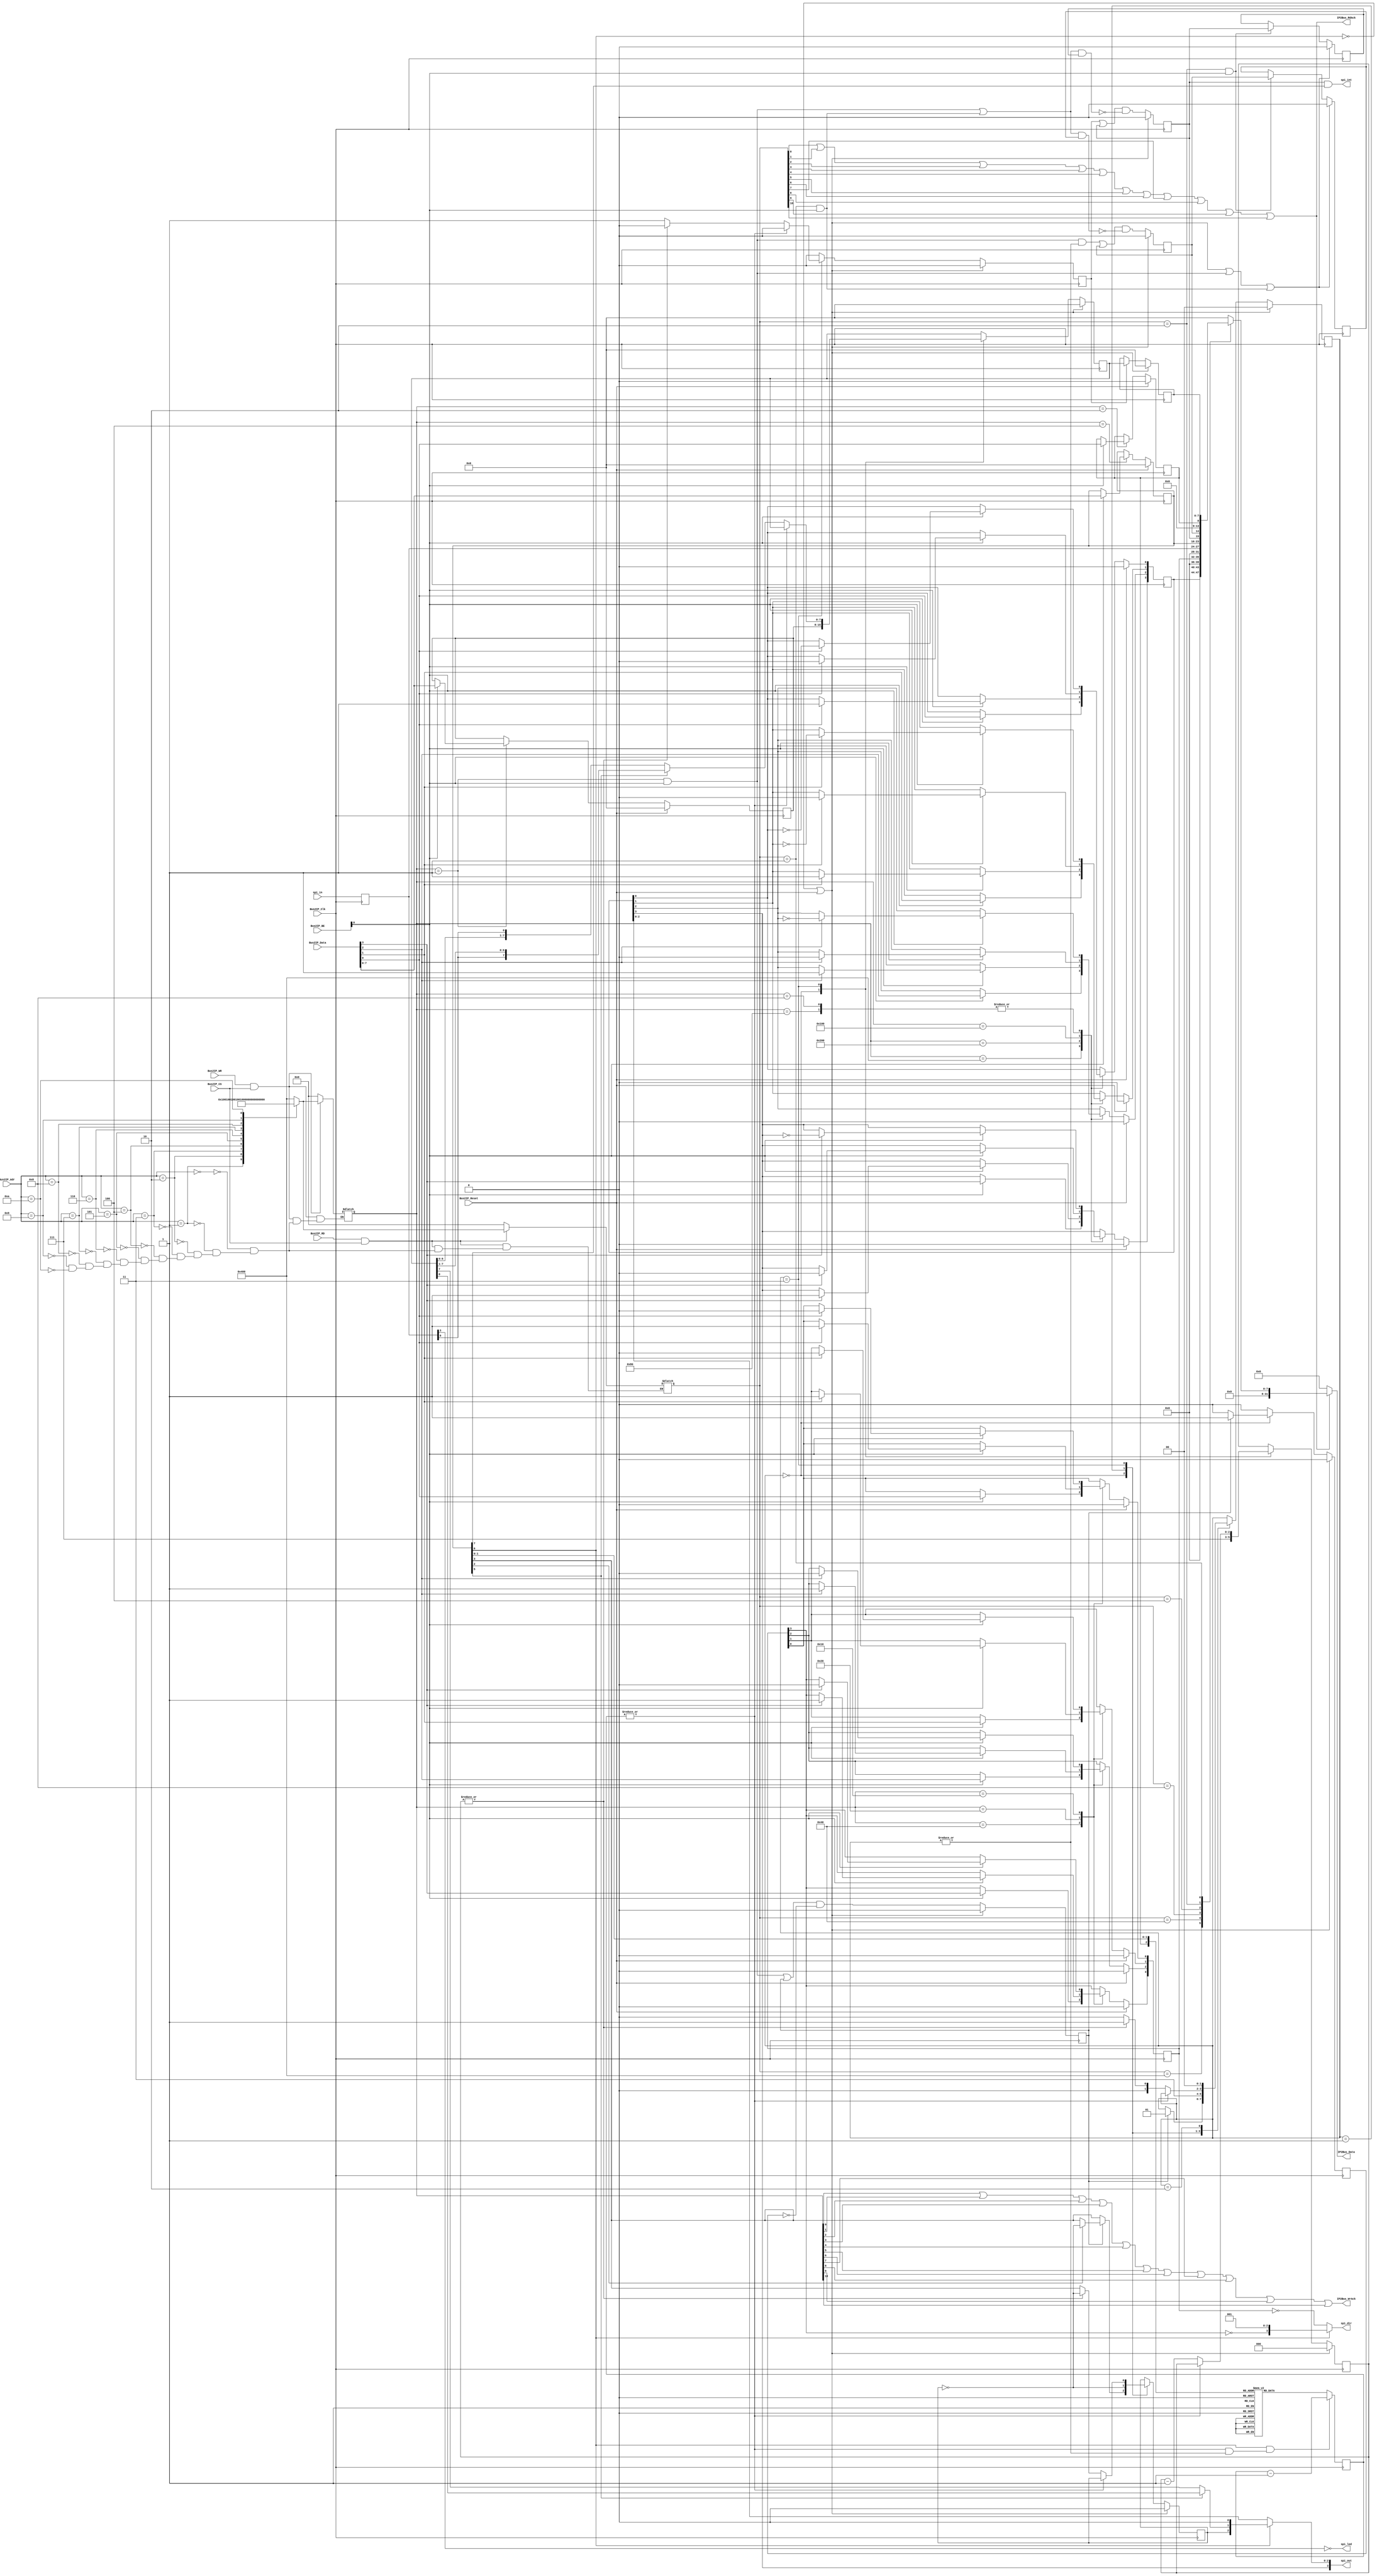
module mb_spi
(
  spi_in,
  spi_out,
  spi_dir,
  spi_led,
  spi_int,
  Bus2IP_Clk,                     // Bus to IP clock
  Bus2IP_Reset,                   // Bus to IP reset
  Bus2IP_Data,                    // Bus to IP data bus
  Bus2IP_BE,                      // Bus to IP byte enables
  Bus2IP_Adr,                     // Bus to IP address bus
  Bus2IP_RD,                      // Bus to IP read enable
  Bus2IP_WR,                      // Bus to IP write enable
  Bus2IP_CS,                      // Bus to IP chip select
  IP2Bus_Data,                    // IP to Bus data bus
  IP2Bus_RdAck,                   // IP to Bus read transfer acknowledgement
  IP2Bus_WrAck                    // IP to Bus write transfer acknowledgement
);

  input      [3:0]       spi_in;
  output     [3:0]       spi_out;
  output     [3:0]       spi_dir;
  output                 spi_led;
  output                 spi_int;

  input                  Bus2IP_Clk;
  input                  Bus2IP_Reset;
  input      [31:0]      Bus2IP_Data;
  input      [3:0]       Bus2IP_BE;
  input      [3:0]       Bus2IP_Adr;
  input                  Bus2IP_RD;
  input                  Bus2IP_WR;
  input                  Bus2IP_CS;
  output     [31:0]      IP2Bus_Data;
  output                 IP2Bus_RdAck;
  output                 IP2Bus_WrAck;



  wire       [3:0]       spi_in;   // pins
  wire       [3:0]       spi_out;  // port
  wire       [3:0]       spi_dir;  // dir
  wire                   spi_int;  // interrupt
  wire                   spi_led;  // LED
  
  reg        [3:0]       spi_in_d;
  reg        [10:0]      rdCE, wrCE;
  reg        [3:0]       port;
  reg        [3:0]       dir;
  reg        [7:0]       spcr;
  reg        [7:0]       sptx;
  reg        [7:0]       sprx;
  wire       [10:0]      slv_reg_write_sel;
  wire       [10:0]      slv_reg_read_sel;
  reg        [31:0]      slv_ip2bus_data;
  wire                   slv_read_ack;
  wire                   slv_write_ack;

  reg                    spi2x;
  reg                    txflag;
  reg        [7:0]       treg;
  reg        [1:0]       state;
  reg        [2:0]       bcnt;
  reg                    sck;
  reg                    wfre, rfwe;
  reg                    spif, spif_read;
  reg                    wcol, wcol_read;
  
  integer                bit_index;
  
  // Serial Peripheral Control Register
  wire       spie  = spcr[7];   // Interrupt enable bit
  wire       spe   = spcr[6];   // System Enable bit
  wire       dord  = spcr[5];   // Data Order Bit
  wire       mstr  = spcr[4];   // Master Mode Select Bit
  wire       cpol  = spcr[3];   // Clock Polarity Bit
  wire       cpha  = spcr[2];   // Clock Phase Bit
  wire [1:0] spr   = spcr[1:0]; // Clock Rate Select Bits
  
  wire [2:0] espr = {spi2x, spr};
 

  reg [9:0] clkcnt;
  always @(posedge Bus2IP_Clk)
    if(spe & (|clkcnt & |state))
      clkcnt <= clkcnt - 10'h1;
    else
      case (espr)
        3'b000: clkcnt <= 10'd24;  // 4 MHz
        3'b001: clkcnt <= 10'd99;  // 1 MHz
        3'b010: clkcnt <= 10'd399; // 250 KHz
        3'b011: clkcnt <= 10'd799; // 125 KHz
        3'b100: clkcnt <= 10'd9;   // 10 MHz
        3'b101: clkcnt <= 10'd49;  // 2 MHz
        3'b110: clkcnt <= 10'd199; // 500 KHz
        3'b111: clkcnt <= 10'd399; // 250 KHz
      endcase

  wire ena = ~|clkcnt;

  wire wr_spsr = ((slv_reg_write_sel == 11'b00000000010) & (Bus2IP_BE[0] == 1));
  wire rd_spsr = ((slv_reg_read_sel  == 11'b00000000010) & (Bus2IP_BE[0] == 1));
  
  wire wr_sptx = ((slv_reg_write_sel == 11'b00000000001) & (Bus2IP_BE[0] == 1));
  wire rd_sprx = ((slv_reg_read_sel  == 11'b00000000001) & (Bus2IP_BE[0] == 1));
  
  wire wfov = wr_sptx & |state; 


  always @( posedge Bus2IP_Clk )
    begin
      spi_in_d <= spi_in;
    end

  always @(posedge Bus2IP_Clk)
    if (~spe | Bus2IP_Reset | wr_sptx | rd_sprx) begin
      spif_read <= 0;
      wcol_read <= 0;
    end else if (rd_spsr) begin
      spif_read <= spif;
      wcol_read <= wcol;
    end

  always @(posedge Bus2IP_Clk)
    if (~spe | Bus2IP_Reset)
      spif <= 1'b0;
    else
      spif <= (rfwe | spif) & ~((wr_sptx | rd_sprx) & spif_read);


  always @(posedge Bus2IP_Clk)
    if (~spe | Bus2IP_Reset)
      wcol <= 1'b0;
    else
      wcol <= (wfov | wcol) & ~((wr_sptx | rd_sprx) & wcol_read);


  always @(posedge Bus2IP_Clk)
    if (~spe | Bus2IP_Reset)
      txflag <= 1'b0;
    else
      txflag <= (wr_sptx | txflag) & ~wfre;

  always @(posedge Bus2IP_Clk)
    if (~spe | Bus2IP_Reset)
      sprx <= 1'b0;
    else if (rfwe)
      sprx <= treg;

  always @(posedge Bus2IP_Clk)
    if (~spe | Bus2IP_Reset)
      begin
        state <= 2'b00; // idle
        bcnt  <= 3'h0;
        treg  <= 8'h00;
        wfre  <= 1'b0;
        rfwe  <= 1'b0;
        sck   <= 1'b0;
      end
    else
      begin
        wfre <= 1'b0;
        rfwe <= 1'b0;

        case (state)
          2'b00:
            begin
              bcnt  <= 3'h7;
              treg  <= sptx;
              sck   <= cpol;

              if (txflag) begin
                wfre  <= 1'b1;
                state <= 2'b01;
                if (cpha)
                  sck   <= ~sck;
              end
            end

          2'b01:
            begin
              sck     <= ~sck;
              state   <= 2'b11;
            end

          2'b11:
            if (ena) begin
            
              if (dord)
                treg <= {miso, treg[7:1]};
              else
                treg <= {treg[6:0], miso};
              
              bcnt <= bcnt - 3'h1;

              if (~|bcnt) begin
                state <= 2'b00;
                sck   <= cpol;
                rfwe  <= 1'b1;
              end else begin
                state <= 2'b01;
                sck   <= ~sck;
              end
            end

          2'b10: state <= 2'b00;
        endcase
      end

  assign mosi = dord ? treg[0] : treg[7];
  assign miso = spi_in_d[0];
  assign spi_led = ~spi_in_d[3];
  assign spi_int = spif & spie;
  assign spi_out = spe ? {port[3], sck, mosi, 1'b0} : port;
  assign spi_dir = spe ? {~dir[3], 3'b001} : ~dir;

  always @ * begin
    if (Bus2IP_RD & Bus2IP_CS)
      case (Bus2IP_Adr)
        4'b0000: rdCE = 11'b10000000000;
        4'b0001: rdCE = 11'b01000000000;
        4'b0010: rdCE = 11'b00100000000;
        4'b0011: rdCE = 11'b00010000000;
        4'b0100: rdCE = 11'b00001000000;
        4'b0101: rdCE = 11'b00000100000;
        4'b0110: rdCE = 11'b00000010000;
        4'b0111: rdCE = 11'b00000001000;
        4'b1000: rdCE = 11'b00000000100;
        4'b1001: rdCE = 11'b00000000010;
        4'b1010: rdCE = 11'b00000000001;
      endcase
    else
      rdCE = 11'b00000000000;
  end

  always @ * begin
    if (Bus2IP_WR & Bus2IP_CS)
      case (Bus2IP_Adr)
        4'b0000: wrCE = 11'b10000000000;
        4'b0001: wrCE = 11'b01000000000;
        4'b0010: wrCE = 11'b00100000000;
        4'b0011: wrCE = 11'b00010000000;
        4'b0100: wrCE = 11'b00001000000;
        4'b0101: wrCE = 11'b00000100000;
        4'b0110: wrCE = 11'b00000010000;
        4'b0111: wrCE = 11'b00000001000;
        4'b1000: wrCE = 11'b00000000100;
        4'b1001: wrCE = 11'b00000000010;
        4'b1010: wrCE = 11'b00000000001;
      endcase
    else
      wrCE = 11'b00000000000;
  end

  assign
    slv_reg_write_sel = wrCE[10:0],
    slv_reg_read_sel  = rdCE[10:0],
    slv_write_ack     = wrCE[0] || wrCE[1] || wrCE[2] || wrCE[3] || wrCE[4] || wrCE[5] || wrCE[6] || wrCE[7] || wrCE[8] || wrCE[9] || wrCE[10],
    slv_read_ack      = rdCE[0] || rdCE[1] || rdCE[2] || rdCE[3] || rdCE[4] || rdCE[5] || rdCE[6] || rdCE[7] || rdCE[8] || rdCE[9] || rdCE[10];

  always @( posedge Bus2IP_Clk )
    begin
      if ( Bus2IP_Reset == 1'b1 )
        begin
          port <= 0;
          dir <= 0;
          spcr <= 0;
          spi2x <= 0;
          sptx <= 0;
        end
      else
        case ( slv_reg_write_sel )
          11'b10000000000 : // port
            if ( Bus2IP_BE[0] == 1 )
              port <= Bus2IP_Data[3:0];
          11'b01000000000 : // port_set
            if ( Bus2IP_BE[0] == 1 )
              for ( bit_index = 0; bit_index <= 3; bit_index = bit_index+1 )
                if ( Bus2IP_Data[bit_index] == 1 )
                  port[bit_index] <= 1'b1;
          11'b00100000000 : // port_clr
            if ( Bus2IP_BE[0] == 1 )
              for ( bit_index = 0; bit_index <= 3; bit_index = bit_index+1 )
                if ( Bus2IP_Data[bit_index] == 1 )
                  port[bit_index] <= 1'b0;
          11'b00010000000 : // port_tgl
            if ( Bus2IP_BE[0] == 1 )
              for ( bit_index = 0; bit_index <= 3; bit_index = bit_index+1 )
                if ( Bus2IP_Data[bit_index] == 1 )
                  port[bit_index] <= ~port[bit_index];
          11'b00001000000 : // dir
            if ( Bus2IP_BE[0] == 1 )
              dir <= Bus2IP_Data[3:0];
          11'b00000100000 : // dir_set
            if ( Bus2IP_BE[0] == 1 )
              for ( bit_index = 0; bit_index <= 3; bit_index = bit_index+1 )
                if ( Bus2IP_Data[bit_index] == 1 )
                  dir[bit_index] <= 1'b1;
          11'b00000010000 : // dir_clr
            if ( Bus2IP_BE[0] == 1 )
              for ( bit_index = 0; bit_index <= 3; bit_index = bit_index+1 )
                if ( Bus2IP_Data[bit_index] == 1 )
                  dir[bit_index] <= 1'b0;
          11'b00000001000 : // pin -> port_tgl
            if ( Bus2IP_BE[0] == 1 )
              for ( bit_index = 0; bit_index <= 3; bit_index = bit_index+1 )
                if ( Bus2IP_Data[bit_index] == 1 )
                  port[bit_index] <= ~port[bit_index];
          11'b00000000100 :
            if ( Bus2IP_BE[0] == 1 )
              spcr <= Bus2IP_Data[7:0];
          11'b00000000010 :
            if ( Bus2IP_BE[0] == 1 )
              spi2x <= Bus2IP_Data[0];
          11'b00000000001 :
            if ( Bus2IP_BE[0] == 1 )
              sptx <= Bus2IP_Data[7:0];
          default : begin
            port <= port;
            dir <= dir;
            spcr <= spcr;
            spi2x <= spi2x;
            sptx <= sptx;
          end
        endcase
    end

  always @( slv_reg_read_sel or port or dir or spi_in_d or spcr or spif or wcol or spi2x or sprx )
    begin 
      case ( slv_reg_read_sel )
        11'b10000000000 : slv_ip2bus_data <= port;
        11'b00001000000 : slv_ip2bus_data <= dir;
        11'b00000001000 : slv_ip2bus_data <= spi_in_d;
        11'b00000000100 : slv_ip2bus_data <= spcr;
        11'b00000000010 : slv_ip2bus_data <= {spif, wcol, 5'b0, spi2x};
        11'b00000000001 : slv_ip2bus_data <= sprx;
        default : slv_ip2bus_data <= 0;
      endcase
    end

  assign IP2Bus_Data = (slv_read_ack == 1'b1) ? slv_ip2bus_data :  0 ;
  assign IP2Bus_WrAck = slv_write_ack;
  assign IP2Bus_RdAck = slv_read_ack;

endmodule